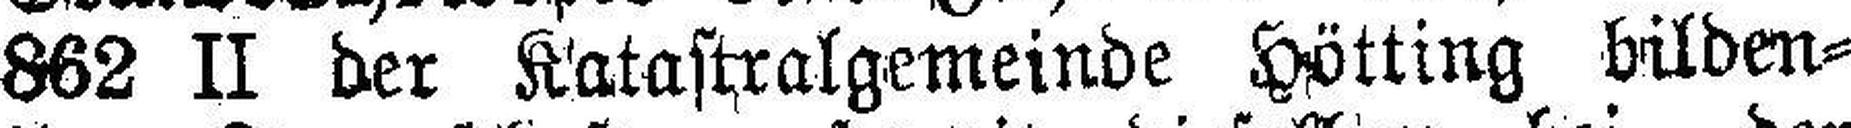
862 II der Katastralgemeinde Hötting bilden¬